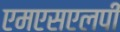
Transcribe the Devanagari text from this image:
एमएसएलपी